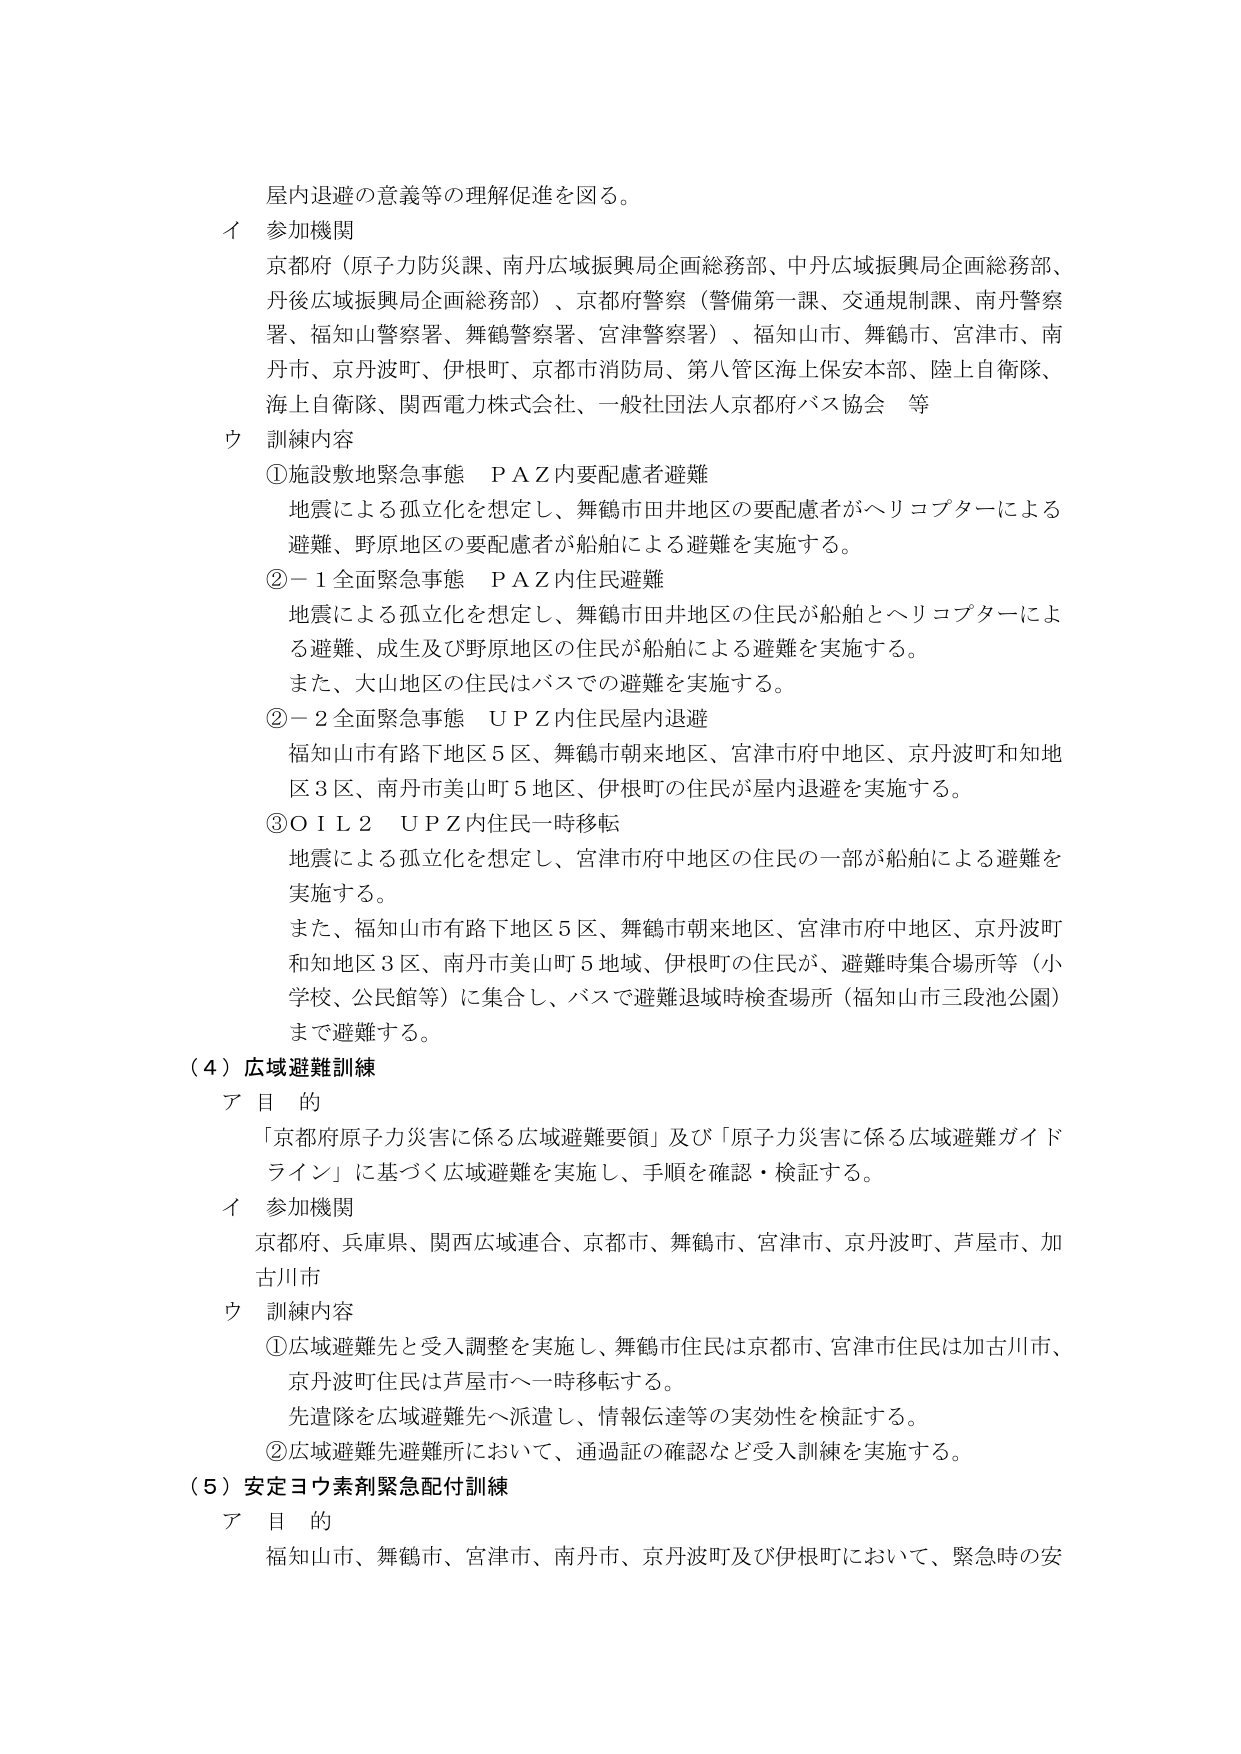
屋内退避の意義等の理解促進を図る。

イ 参加機関
京都府（原子力防災課、南丹広域振興局企画総務部、中丹広域振興局企画総務部、
丹後広域振興局企画総務部）、京都府警察（警備第一課、交通規制課、南丹警察
署、福知山警察署、舞鶴警察署、宮津警察署）、福知山市、舞鶴市、宮津市、南
丹市、京丹波町、伊根町、京都市消防局、第八管区海上保安本部、陸上自衛隊、
海上自衛隊、関西電力株式会社、一般社団法人京都府バス協会 等

ウ 訓練内容
①施設敷地緊急事態 ＰＡＺ内要配慮者避難
地震による孤立化を想定し、舞鶴市田井地区の要配慮者がヘリコプターによる
避難、野原地区の要配慮者が船舶による避難を実施する。
②－１全面緊急事態 ＰＡＺ内住民避難
地震による孤立化を想定し、舞鶴市田井地区の住民が船舶とヘリコプターによ
る避難、成生及び野原地区の住民が船舶による避難を実施する。
また、大山地区の住民はバスでの避難を実施する。
②－２全面緊急事態 ＵＰＺ内住民屋内退避
福知山市有路下地区５区、舞鶴市朝来地区、宮津市府中地区、京丹波町和知地
区３区、南丹市美山町５地区、伊根町の住民が屋内退避を実施する。
③ＯＩＬ２ ＵＰＺ内住民一時移転
地震による孤立化を想定し、宮津市府中地区の住民の一部が船舶による避難を
実施する。
また、福知山市有路下地区５区、舞鶴市朝来地区、宮津市府中地区、京丹波町
和知地区３区、南丹市美山町５地域、伊根町の住民が、避難時集合場所等（小
学校、公民館等）に集合し、バスで避難退域時検査場所（福知山市三段池公園）
まで避難する。

（４）広域避難訓練
ア 目 的
「京都府原子力災害に係る広域避難要領」及び「原子力災害に係る広域避難ガイド
ライン」に基づく広域避難を実施し、手順を確認・検証する。
イ 参加機関
京都府、兵庫県、関西広域連合、京都市、舞鶴市、宮津市、京丹波町、芦屋市、加
古川市
ウ 訓練内容
①広域避難先と受入調整を実施し、舞鶴市住民は京都市、宮津市住民は加古川市、
京丹波町住民は芦屋市へ一時移転する。
先遣隊を広域避難先へ派遣し、情報伝達等の実効性を検証する。
②広域避難先避難所において、通過証の確認など受入訓練を実施する。

（５）安定ヨウ素剤緊急配付訓練
ア 目 的
福知山市、舞鶴市、宮津市、南丹市、京丹波町及び伊根町において、緊急時の安